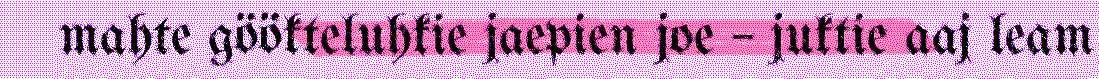
mahte göökteluhkie jaepien joe – juktie aaj leam